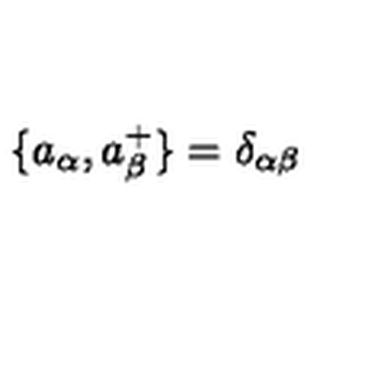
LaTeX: \{ a _ { \alpha } , a _ { \beta } ^ { + } \} = \delta _ { \alpha \beta }